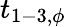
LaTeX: t_{1-3,\phi}